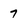
Character: 7